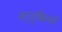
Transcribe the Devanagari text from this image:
गार्बिनने